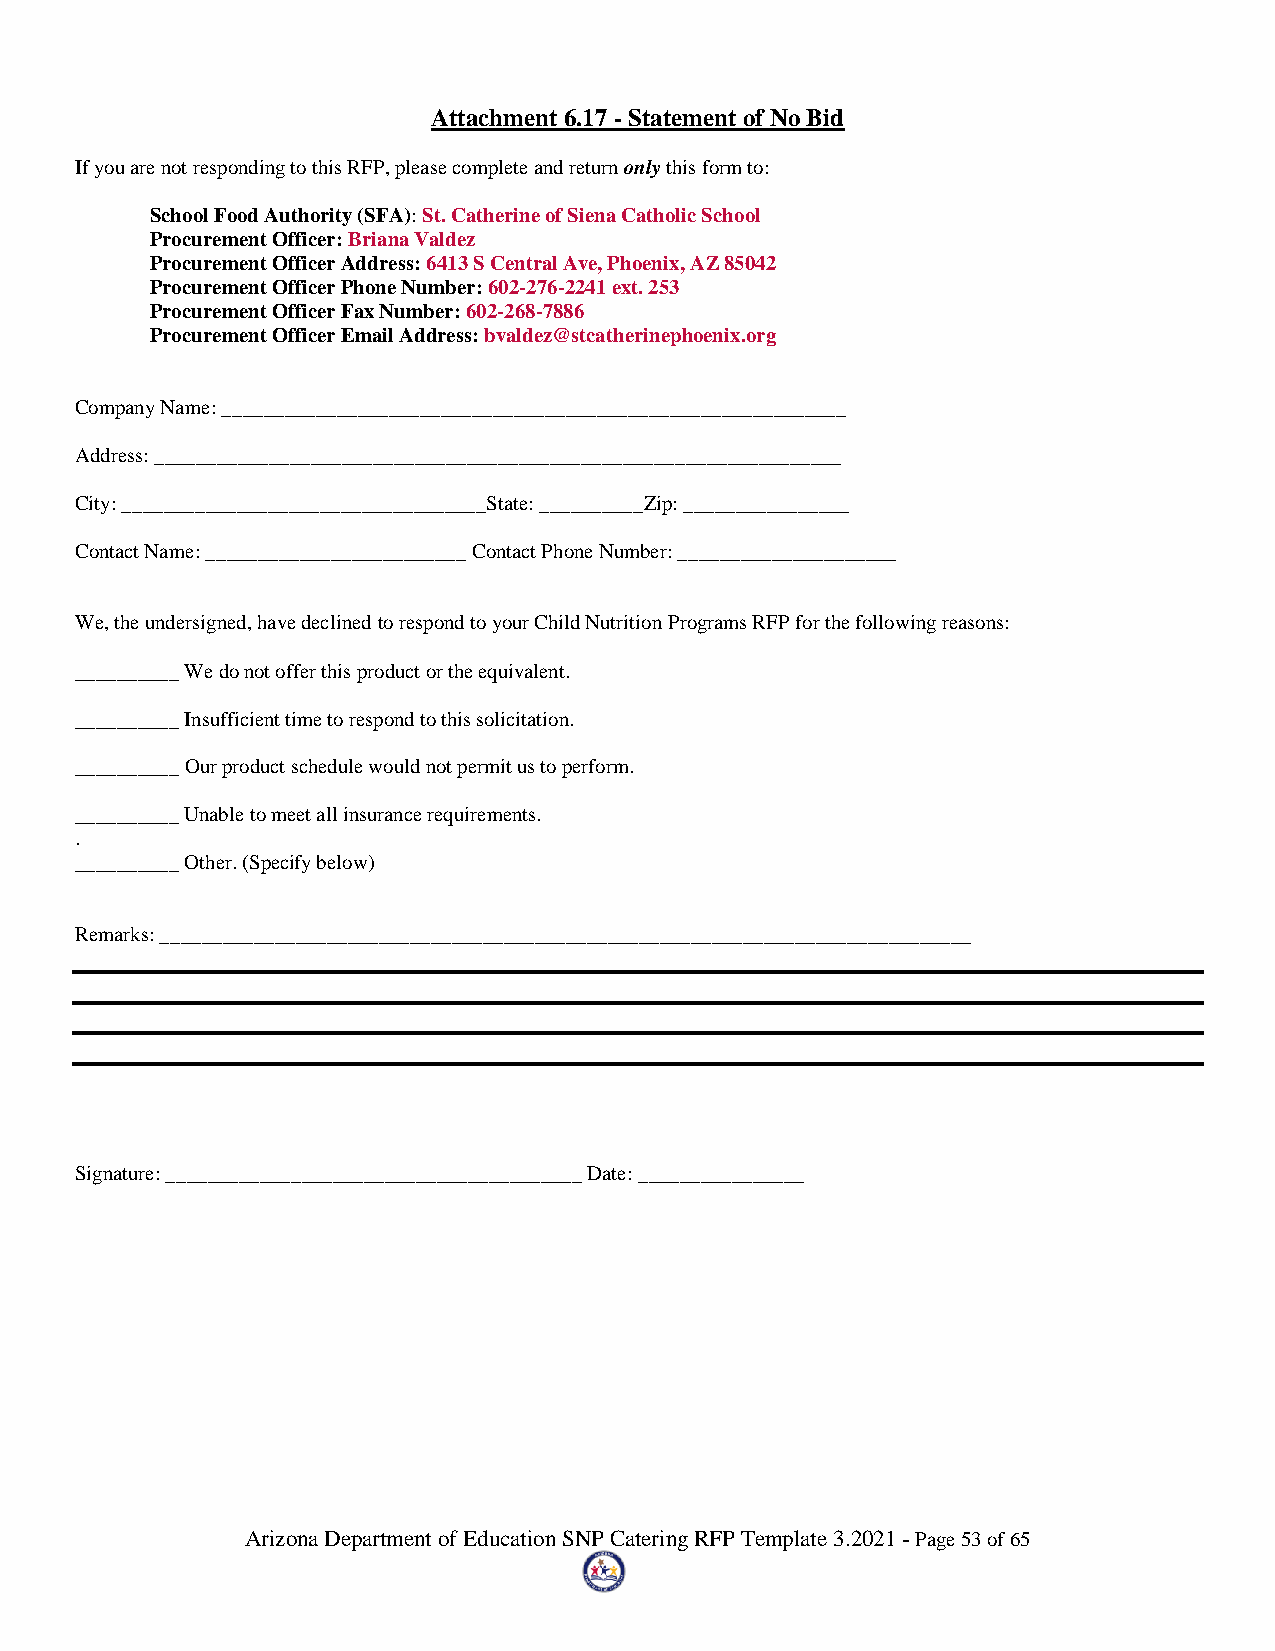
Attachment 6.17 - Statement of No Bid
 If you are not responding to this RFP, please complete and return only this form to:
 School Food Authority (SFA): St. Catherine of Siena Catholic School
 Procurement Officer: Briana Valdez
 Procurement Officer Address: 6413 S Central Ave, Phoenix, AZ 85042
 Procurement Officer Phone Number: 602-276-2241 ext. 253
 Procurement Officer Fax Number: 602-268-7886
 Procurement Officer Email Address: bvaldez@stcatherinephoenix.org
 Company Name: ____________________________________________________________
 Address: __________________________________________________________________
 City: ___________________________________State: __________Zip: ________________
 Contact Name: _________________________ Contact Phone Number: _____________________
 We, the undersigned, have declined to respond to your Child Nutrition Programs RFP for the following reasons:
 __________ We do not offer this product or the equivalent.
 __________ Insufficient time to respond to this solicitation.
 __________ Our product schedule would not permit us to perform.
 __________ Unable to meet all insurance requirements.
 .
 __________ Other. (Specify below)
 Remarks: ______________________________________________________________________________
 Signature: ________________________________________ Date: ________________
 Arizona Department of Education SNP Catering RFP Template 3.2021 - Page 53 of 65